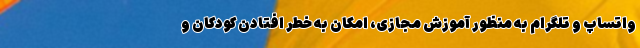
واتساپ و تلگرام به منظور آموزش مجازی، امکان به خطر افتادن کودکان و